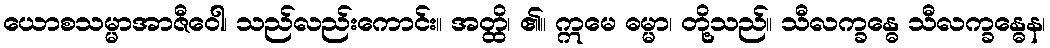
ယောစသမ္မာအာဇီဝေါ၊ သည်လည်းကောင်း။ အတ္ထိ၊ ၏။ ဣမေ ဓမ္မာ၊ တို့သည်။ သီလက္ခန္ဓေ သီလက္ခန္ဓေန၊